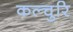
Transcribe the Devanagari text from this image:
कल्चुरि